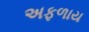
અફળાય